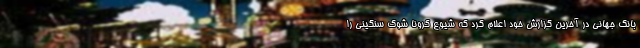
بانک جهانی در آخرین گزارش خود اعلام کرد که شیوع کرونا شوک سنگینی را